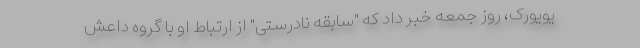
یویورک، روز جمعه خبر داد که "سابقه نادرستی" از ارتباط او با گروه داعش